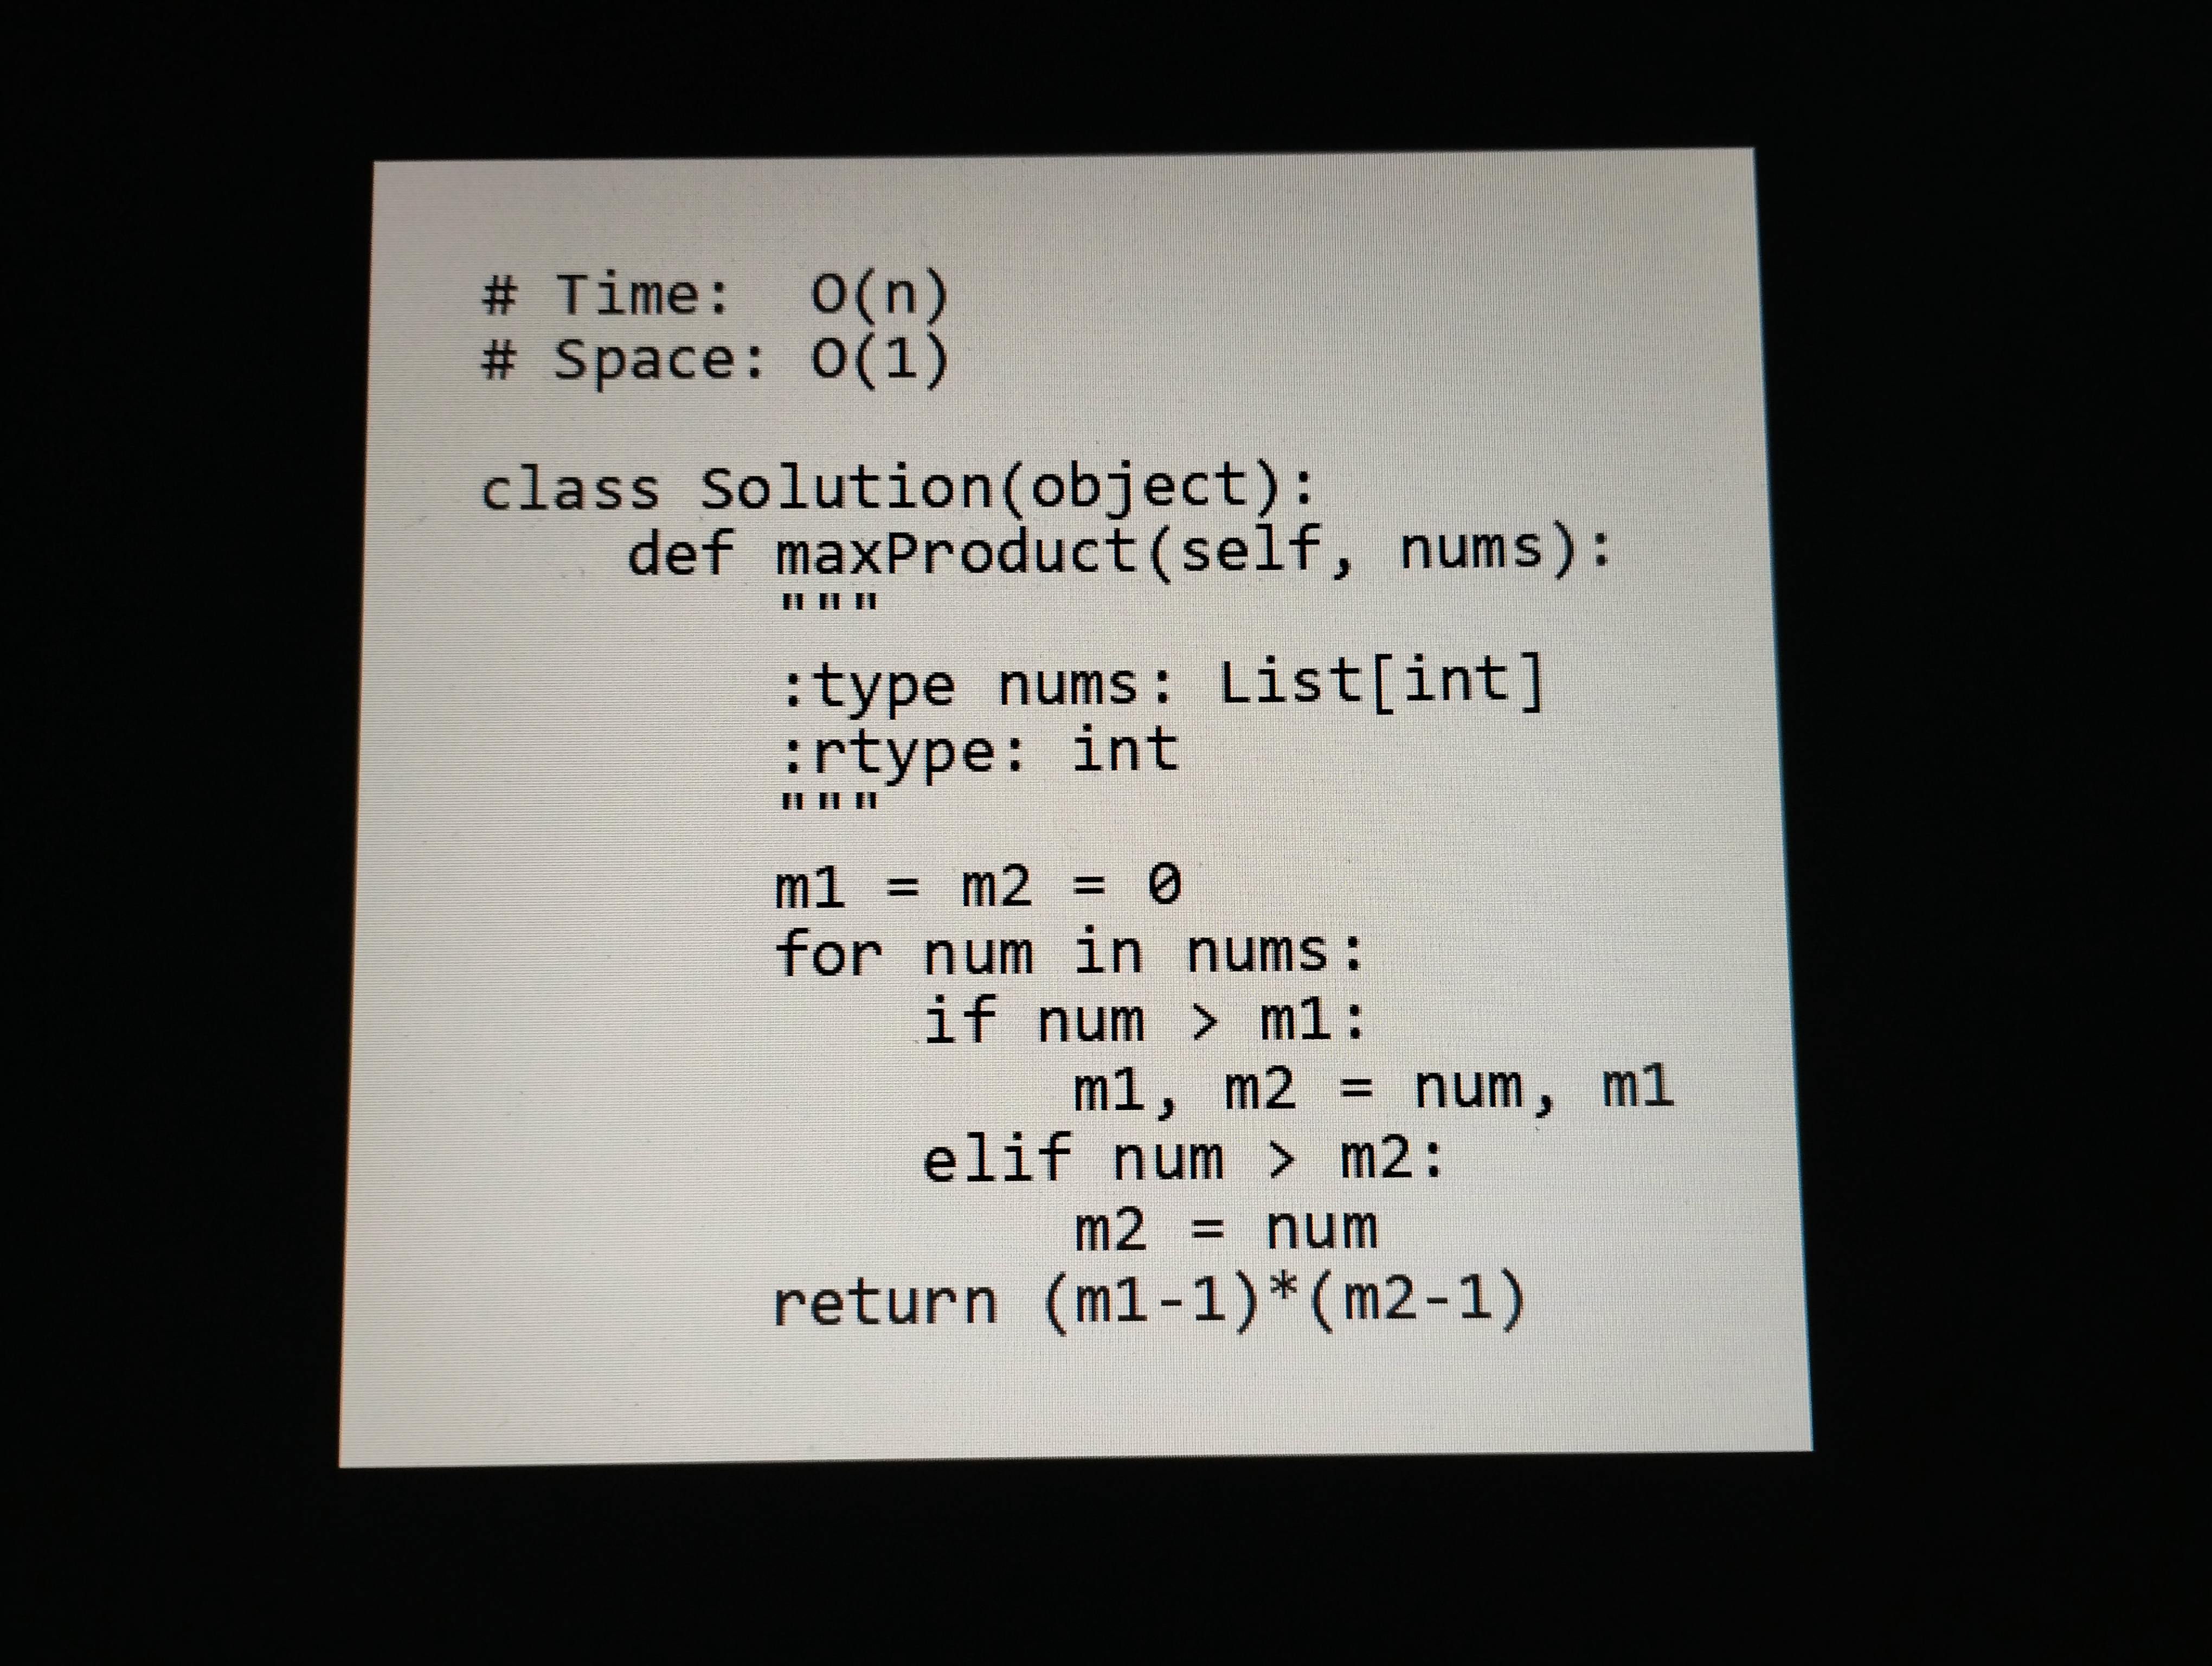
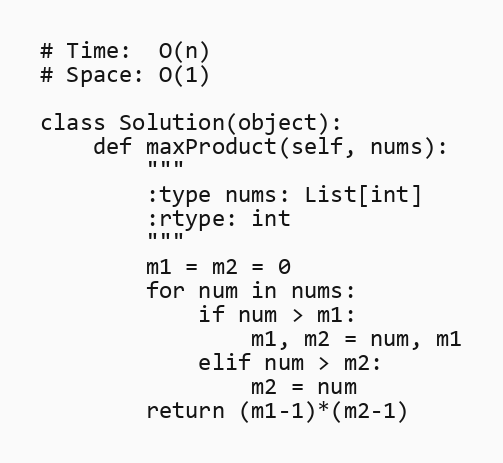
# Time:  O(n)
# Space: O(1)

class Solution(object):
    def maxProduct(self, nums):
        """
        :type nums: List[int]
        :rtype: int
        """
        m1 = m2 = 0
        for num in nums:
            if num > m1:
                m1, m2 = num, m1
            elif num > m2:
                m2 = num
        return (m1-1)*(m2-1)